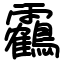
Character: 靏